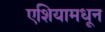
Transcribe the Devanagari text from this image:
एशियामधून